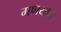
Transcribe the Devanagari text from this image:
गणयति